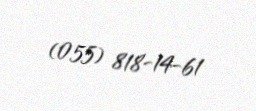
(055) 818-14-61